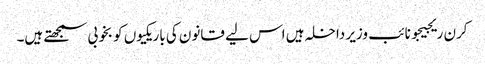
کرن ریجیجو نائب وزیر داخلہ ہیں اس لیے قانون کی باریکیوں کو بخوبی سمجھتے ہیں۔